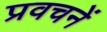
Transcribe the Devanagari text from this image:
प्रवचनें